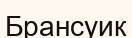
Брансуик